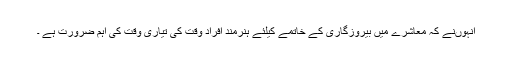
انہوںنے کہ معاشرے میں بیروزگاری کے خاتمے کیلئے ہنرمند افراد وقت کی تیاری وقت کی اہم ضرورت ہے ۔